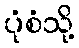
ပုံစံသို့